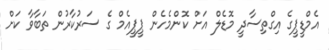
އެމްޑީޕީގެ އިގްތިސާދީ މޮޑެލް އަށް ކޮންމެހެން ޕީޕީއެމް ގެ ސަރުކާރުން ތަބާވާ ކަށް